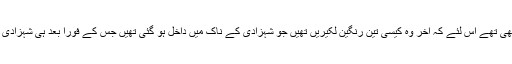
وہ کسی حد تک غیر مطمئن بھی تھے اس لئے کہ آخر وہ کیسی تین رنگین لکیریں تھیں جو شہزادی کے ناک میں داخل ہو گئی تھیں جس کے فوراً بعد ہی شہزادی گہری نیند میں چلی گئی تھی۔